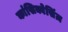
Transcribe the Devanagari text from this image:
कांसिक्वेसिंज़